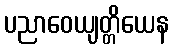
ပညာဝေယျတ္တိယေန